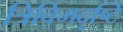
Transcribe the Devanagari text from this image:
त्रिविमदृष्टि